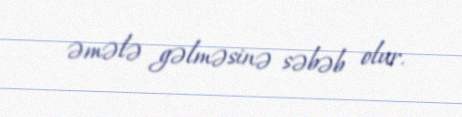
əmələ gəlməsinə səbəb olur.